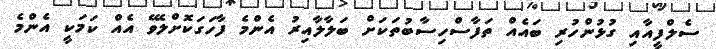
ސެލްފީއާއި ގުޅުންހުރި ބައެއް ތަފާސްހިސާބުތަކަށް ބަލާލާއިރު އެންމެ ފާހަގަކޮށްލެވޭ އެއް ކަމަކީ އެންމެ